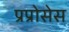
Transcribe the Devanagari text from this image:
प्रप्रोसेस